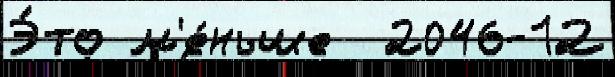
Э́то м'е́ньше  2046-12